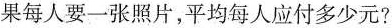
果每人要一张照片，平均每人应付多少元？